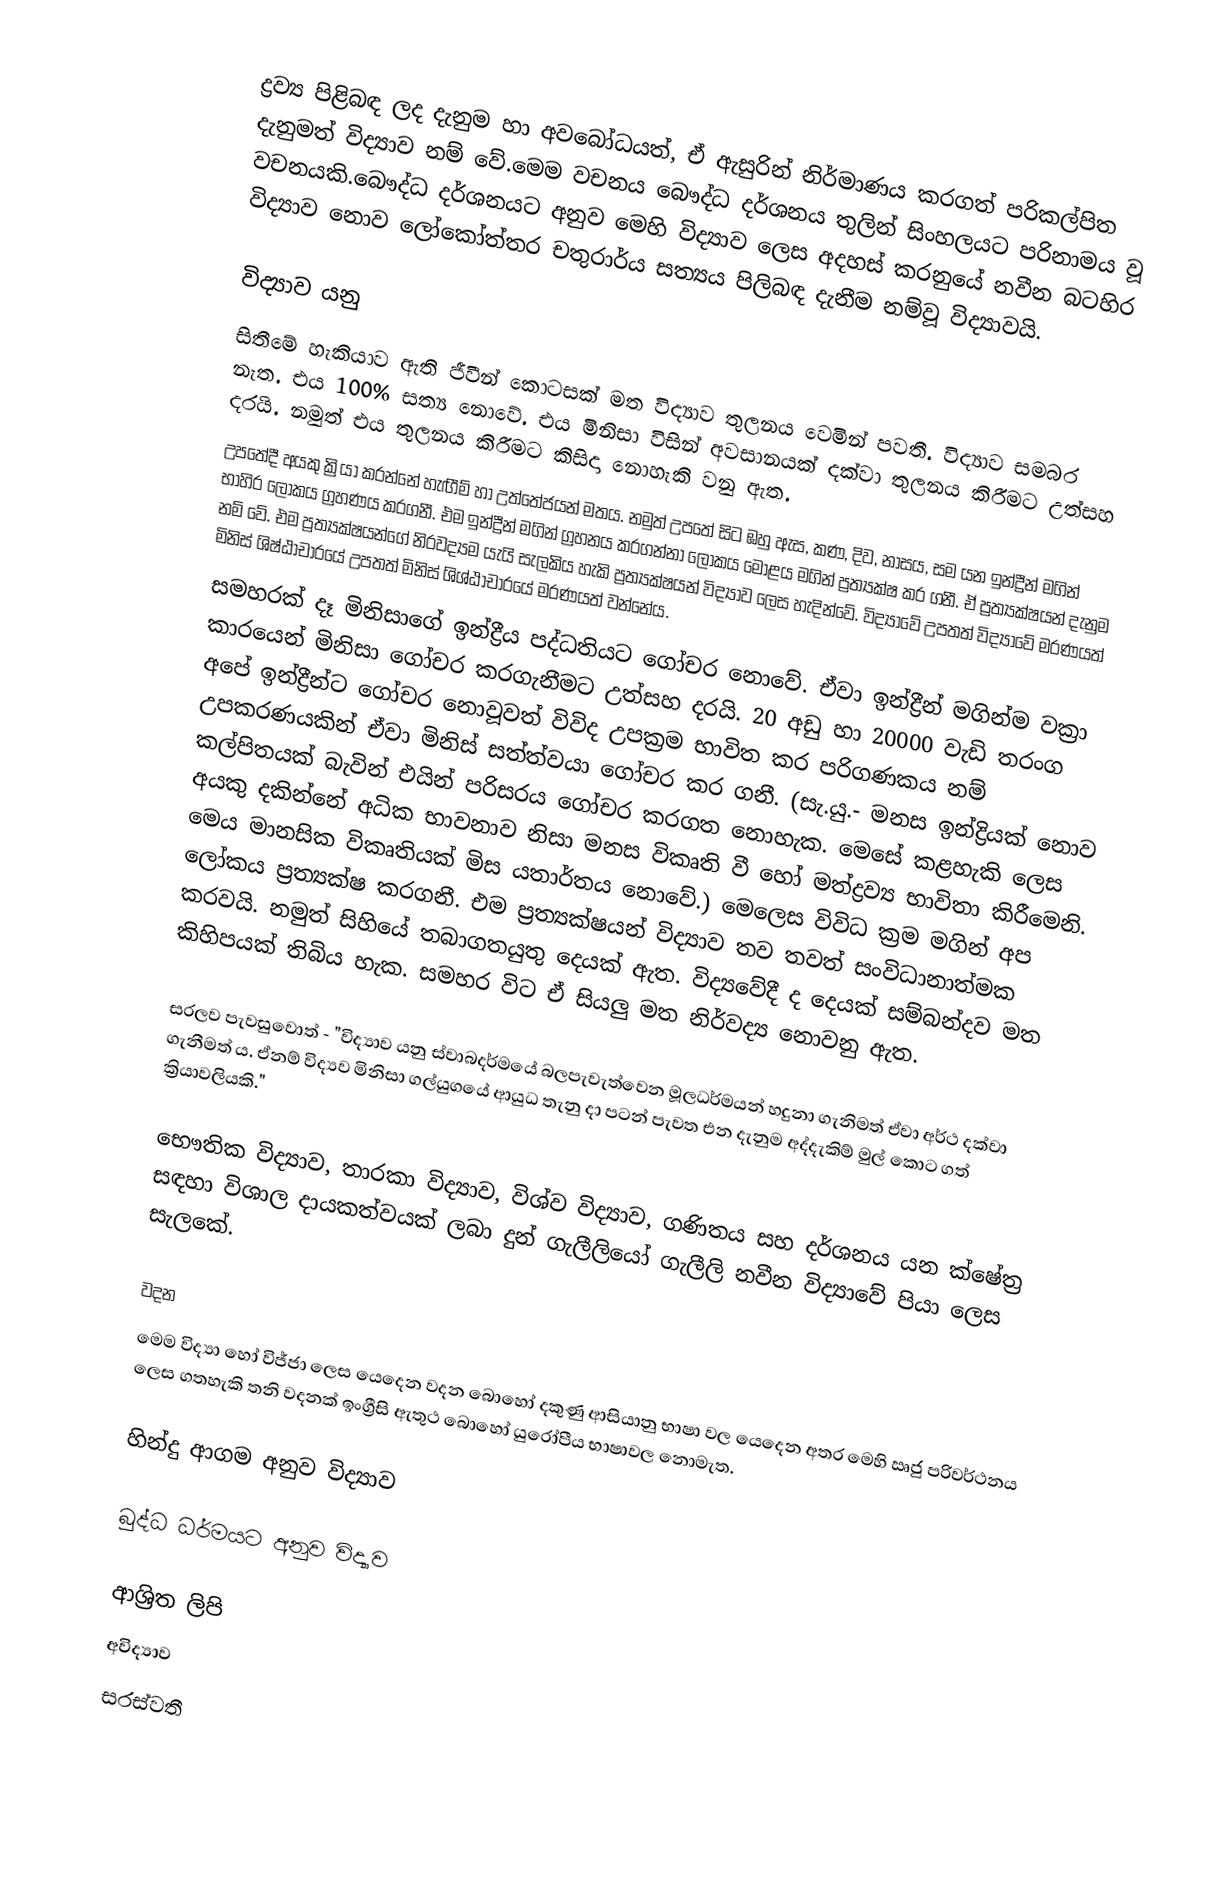
ද්‍රව්‍ය පිළිබඳ ලද දැනුම හා අවබෝධයත්, ඒ ඇසුරින් නිර්මාණය කරගත් පරිකල්පිත දැනුමත් විද්‍යාව නම් වේ.මෙම වචනය බෞද්ධ දර්ශනය තුලින් සිංහලයට පරිනාමය වූ වචනයකි.බෞද්ධ දර්ශනයට අනුව මෙහි විද්‍යාව ලෙස අදහස් කරනුයේ නවීන බටහිර  විද්‍යාව නොව ලෝකෝත්තර  චතුරාර්ය සත්‍යය පිලිබඳ දැනීම නම්වූ විද්‍යාවයි.

විද්‍යාව යනු
සිතීමේ හැකියාව ඇති ජීවීන් කොටසක් මත විද්‍යාව තුලනය වෙමින් පවතී. විද්‍යාව සමබර නැත. එය 100% සත්‍ය නොවේ. එය මිනිසා විසින් අවසානයක් දක්වා තුලනය කිරීමට උත්සහ දරයි. නමුත් එය තුලනය කිරීමට කිසිදා නොහැකි වනු ඇත.
උපතේදී අයකු ක්‍රියා කරන්නේ හැඟීම් හා උත්තේජයන් මතය. නමුත් උපතේ සිට ඹහු ඇස, කණ, දිව, නාසය, සම යන ඉන්ද්‍රීන් මගින් භාහිර ලෝකය ග්‍රහණය කරගනී. එම ඉන්ද්‍රීන් මගින් ග්‍රහනය කරගන්නා ලෝකය මොළය මගින් ප්‍රත්‍යක්ෂ කර ගනී. ඒ ප්‍රත්‍යක්ෂයන් දැනුම නම් වේ. එම ප්‍රත්‍යක්ෂයන්ගේ නිරවද්‍යම යැයි සැලකිය හැකි ප්‍රත්‍යක්ෂයන් විද්‍යාව ලෙස හැදින්වේ. විද්‍යාවේ උපතත් විද්‍යාවේ මරණයත් මිනිස් ශිෂ්ඨාචාරයේ උපතත් මිනිස් ශිශ්ඨාචාරයේ මරණයත් වන්නේය.
සමහරක් දෑ මිනිසාගේ ඉන්ද්‍රීය පද්ධතියට ගෝචර නොවේ. ඒවා ඉන්ද්‍රීන් මගින්ම වක්‍රා කාරයෙන් මිනිසා ගෝචර කරගැනීමට උත්සහ දරයි. 20 අඩු හා 20000 වැඩි තරංග අපේ ඉන්ද්‍රීන්ට ගෝචර නොවූවත් විවිද උපක්‍රම භාවිත කර පරිගණකය නම් උපකරණයකින් ඒවා මිනිස් සත්ත්වයා ගෝචර කර ගනී. (සැ.යු.- මනස ඉන්ද්‍රියක් නොව කල්පිතයක් බැවින් එයින් පරිසරය ගෝචර කරගත නොහැක. මෙසේ කළහැකි ලෙස අයකු දකින්නේ අධික භාවනාව නිසා මනස විකෘති වී හෝ මත්ද්‍රව්‍ය භාවිතා කිරීමෙනි. මෙය මානසික විකෘතියක් මිස යතාර්තය නොවේ.) මෙලෙස විවිධ ක්‍රම මගින් අප ලෝකය ප්‍රත්‍යක්ෂ කරගනී. එම ප්‍රත්‍යක්ෂයන් විද්‍යාව තව තවත් සංවිධානාත්මක කරවයි. නමුත් සිහියේ තබාගතයුතු දෙයක් ඇත. විද්‍යවේදී ද දෙයක් සම්බන්දව මත කිහිපයක් තිබිය හැක. සමහර විට ඒ සියලු මත නිර්වද්‍ය නොවනු ඇත.

සරලව පැවසුවොත් -  "විද්‍යාව යනු ස්වාබදර්මයේ බලපැවැත්වෙන මූලධර්මයන් හදුනා ගැනිමත් ඒවා අර්ථ දක්වා ගැනීමත් ය. ඒනම් විද්‍යව මිනිසා ගල්යුගයේ ආයුධ තැනු දා පටන් පැවත එන දැනුම අද්දැකිම් මුල් කොට ගත් ක්‍රියාවලියකි."

භෞතික විද්‍යාව, තාරකා විද්‍යාව, විශ්ව විද්‍යාව, ගණිතය සහ දර්ශනය යන ක්ෂේත්‍ර සඳහා විශාල දායකත්වයක් ලබා දුන් ගැලීලියෝ ගැලීලි නවීන විද්‍යාවේ පියා ලෙස සැලකේ.

වදන
මෙම විද්‍යා හෝ විජ්ජා ලෙස යෙදෙන වදන බොහෝ දකුණු ආසියානු භාෂා වල යෙදෙන අතර මෙහි ඍජු පරිවර්ථනය ලෙස ගතහැකි තනි වදනක් ඉංග්‍රීසි ඇතුථ බොහෝ යුරෝපීය භාෂාවල නොමැත.

හින්දු ආගම අනුව විද්‍යාව

බුද්ධ ධර්මයට අනුව විද්‍යාව

ආශ්‍රිත ලිපි
 අවිද්‍යාව
 සරස්වතී